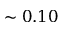
\sim 0 . 1 0